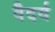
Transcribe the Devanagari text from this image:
वैदर्य